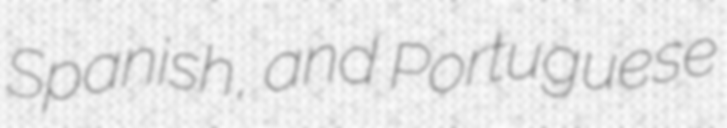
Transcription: Spanish, and Portuguese